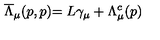
\stackrel { } { \overline { { \Lambda } } _ { \mu } ( p , p ) } = L \gamma _ { \mu } + \Lambda _ { \mu } ^ { c } ( p )